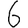
Digit: 6